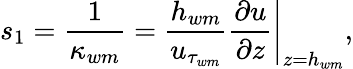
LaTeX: s_{1}=\frac{1}{\kappa_{wm}}=\frac{h_{wm}}{u_{\tau_{wm}}}\left.\frac{\partial u}{\partial z}\right|_{z=h_{wm}},